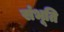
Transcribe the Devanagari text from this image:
संभूति